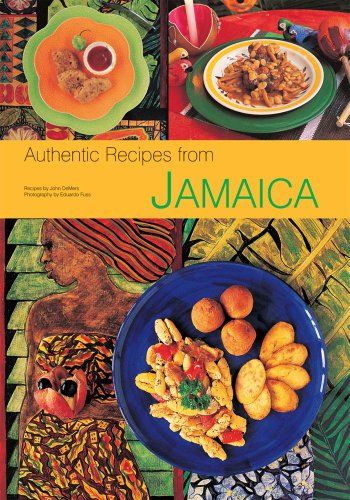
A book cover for Authentic Recipes from Jamaica: [Jamaican Cookbook, Over 80 Recipes] (Authentic Recipes Series); John DeMers; Cookbooks, Food & Wine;